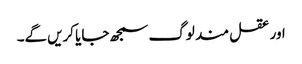
اور عقل مند لوگ سمجھ جایا کریں‌گے۔